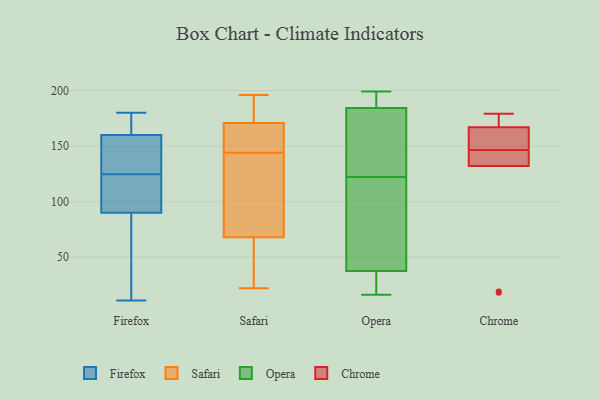
{"axis": {"x": "Humidity (%)", "y": "Value"}, "legend": ["Chrome", "Firefox", "Opera", "Safari"], "data": [{"x": "", "y": 113, "type": "Firefox"}, {"x": "", "y": 136, "type": "Firefox"}, {"x": "", "y": 11, "type": "Firefox"}, {"x": "", "y": 180, "type": "Firefox"}, {"x": "", "y": 153, "type": "Firefox"}, {"x": "", "y": 90, "type": "Firefox"}, {"x": "", "y": 160, "type": "Firefox"}, {"x": "", "y": 96, "type": "Firefox"}, {"x": "", "y": 174, "type": "Firefox"}, {"x": "", "y": 75, "type": "Firefox"}, {"x": "", "y": 55, "type": "Safari"}, {"x": "", "y": 196, "type": "Safari"}, {"x": "", "y": 144, "type": "Safari"}, {"x": "", "y": 22, "type": "Safari"}, {"x": "", "y": 173, "type": "Safari"}, {"x": "", "y": 135, "type": "Safari"}, {"x": "", "y": 172, "type": "Safari"}, {"x": "", "y": 114, "type": "Safari"}, {"x": "", "y": 171, "type": "Safari"}, {"x": "", "y": 170, "type": "Safari"}, {"x": "", "y": 33, "type": "Safari"}, {"x": "", "y": 106, "type": "Safari"}, {"x": "", "y": 144, "type": "Safari"}, {"x": "", "y": 149, "type": "Safari"}, {"x": "", "y": 54, "type": "Safari"}, {"x": "", "y": 190, "type": "Opera"}, {"x": "", "y": 16, "type": "Opera"}, {"x": "", "y": 197, "type": "Opera"}, {"x": "", "y": 45, "type": "Opera"}, {"x": "", "y": 122, "type": "Opera"}, {"x": "", "y": 35, "type": "Opera"}, {"x": "", "y": 167, "type": "Opera"}, {"x": "", "y": 199, "type": "Opera"}, {"x": "", "y": 31, "type": "Opera"}, {"x": "", "y": 101, "type": "Opera"}, {"x": "", "y": 147, "type": "Opera"}, {"x": "", "y": 148, "type": "Chrome"}, {"x": "", "y": 179, "type": "Chrome"}, {"x": "", "y": 19, "type": "Chrome"}, {"x": "", "y": 18, "type": "Chrome"}, {"x": "", "y": 132, "type": "Chrome"}, {"x": "", "y": 167, "type": "Chrome"}, {"x": "", "y": 148, "type": "Chrome"}, {"x": "", "y": 137, "type": "Chrome"}, {"x": "", "y": 171, "type": "Chrome"}, {"x": "", "y": 145, "type": "Chrome"}]}